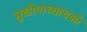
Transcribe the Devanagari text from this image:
मुखोपाध्यायको